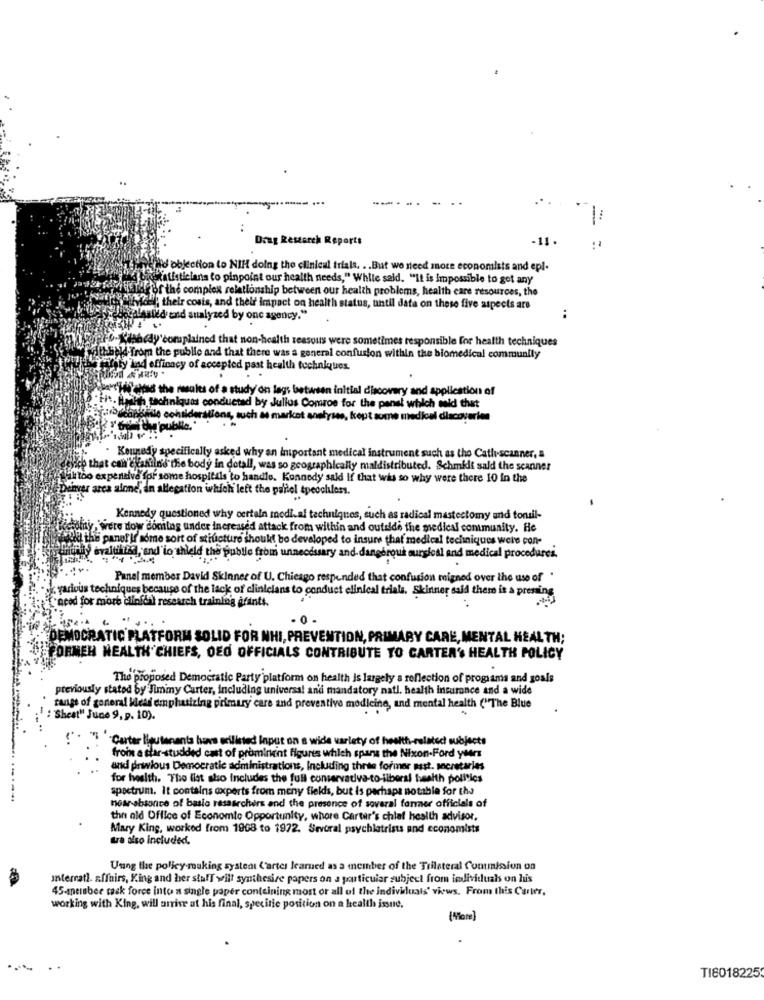
Drag Research Reports
-11
objection to NIH doing the clinical trials. .. But we need more economists and epl-
Statisticianis to pinpoint our health needs," While said. "It is Impossible to get any
Theor the complex relationship between our health problems, health care resources, the
"; their costs, and their impact on health status, until data on these five aspects are
deand analyzed by one agency."
:
"-Kishedy complained that non-health reasous were sometimes responsible for health techniques
withheld from the public and that there was a general confusion within the biomedical community
Haty Land efficacy of accepted past health techniques.
a-t'ilsinds the results of a study on lags between initial discovery and application of
18 -Hit. Hehh tachniques conducted by Julius Comros for the panst which said that
old mandinle considerations, such as market analyses, kopt some medical discoveries
. Kounedy specifically asked why an important medical instrument such as the Cathiscanner, a
that can elaniins the body in detall, was so geographically maldistributed. Schmidt said the scanner
iltoo expensive for some hospitals to handle. Kennedy saldi If that was so why were there 10 in the
enver arca alone, an allegation which left the pallel tpeochless.
Kennedy questioned why certain modi.af techniques, such as radical mastectomy and tonsil-
were dow doming under increased attack from within and outside the medical community. He
wed the panor If some sort of structure should be developed to insure that medical techniques well's con-
friday evaltiltsd, and'io shield the public from unnecessary and- dangerous surgioal and medical procedures.
Panel member David Skinner of U. Chicago responded that confusion migned over the use of '
various techniques because of the lack of clinicians to conduct clinical trials. Skinner said there is a pressing
"acod for more dlinfds) research training afints.
DEMOCRATIC PLATFORM SOLID FOR NHI, PREVENTION, PRIMARY CARE, MENTAL HEALTH;
FORMEN HEALTH CHIEFS, OED OFFICIALS CONTRIBUTE TO CARTER'S HEALTH POLICY
The proposed Democratic Party'platform on health Is largely a reflection of programs and goals
previously statod by Jimmy Carter, including universal and mandatory natl, health insurance and a wide
range of goneral Head emphasizing primary care and preventive medicine, and mental health ("The Blue
: Sheat" June 9, p. 10).
Carter lieutenants have erilisted Input on a wide variety of health-related subjects
froin a star-studded cast of prominent figures which spans the Nixon.Ford yter
und prwious Democratic administrations, Including three former mast. secretaries
for health. The flat also Includes the full conservativa-to-ilberal health polics
spectrum. It contains experts from meny fields, but is perhaps notable for tha
near absonice of basic rasaarchers and the presence of soveral farmer officials of
the old Office of Economie Opportunity, whore Carter's chief health advisor,
Mary King, worked from 1908 to 1972. Several psychiatrists and economists
tra also included.
Uung the policy making systent ('artes learned as a member of the Trilateral Commission on
Interrati. affairs, King and her stuff will synthesize papers on a particular subject from individuals on his
45-snelaber task force into a single paper con(eining most or all of the individuals' views. From this Carter,
working with King, will arrive ut his final, specific position on a health issue.
(More]
TI8018225